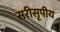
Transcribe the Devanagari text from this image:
सरीसृपीय